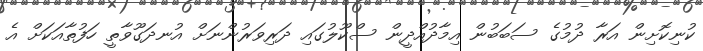
ކުނިކޮށިން އަރާ ދުމުގެ ސަބަބުން އިމާދުއްދީން ސްކޫލުގައި ދަރިވަރުންނަށް އުނދަގޫވާތީ ހަފުތާއަކަށް އެ